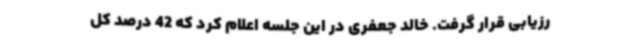
رزیابی قرار گرفت. خالد جعفری در این جلسه اعلام کرد که 42 درصد کل